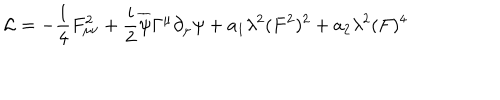
{ \cal L } = - { \frac { 1 } { 4 } } F _ { \mu \nu } ^ { 2 } + { \frac { i } { 2 } } \overline { { { \psi } } } \Gamma ^ { \mu } \partial _ { \mu } \psi + a _ { 1 } \lambda ^ { 2 } ( F ^ { 2 } ) ^ { 2 } + a _ { 2 } \lambda ^ { 2 } ( F ) ^ { 4 }